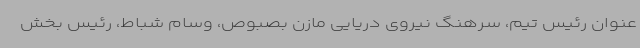
عنوان رئیس تیم، سرهنگ نیروی دریایی مازن بصبوص، وسام شباط، رئیس بخش